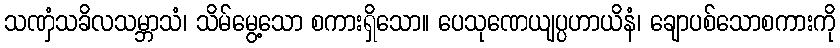
သဏှံသခိလသမ္ဘာသံ၊ သိမ်မွေ့သော စကားရှိသော။ ပေသုဏေယျပ္ပဟာယိနံ၊ ချောပစ်သောစကားကို